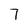
Character: 7